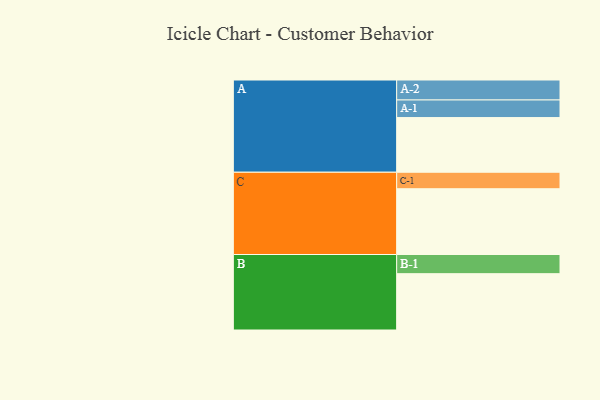
{"axis": {"x": "Segment", "y": "Value"}, "legend": ["", "A", "B", "C"], "data": [{"x": "A", "y": 493, "type": ""}, {"x": "B", "y": 508, "type": ""}, {"x": "C", "y": 593, "type": ""}, {"x": "A-1", "y": 159, "type": "A"}, {"x": "A-2", "y": 180, "type": "A"}, {"x": "B-1", "y": 173, "type": "B"}, {"x": "C-1", "y": 149, "type": "C"}]}